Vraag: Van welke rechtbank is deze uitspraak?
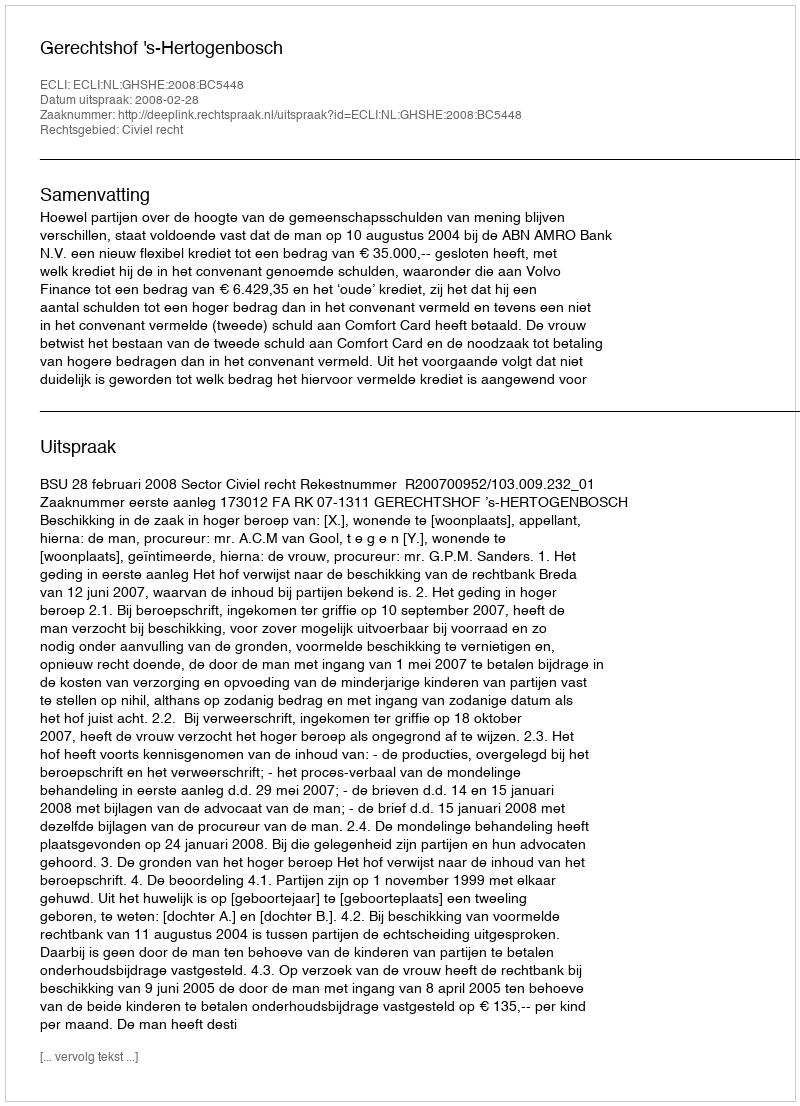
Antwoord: Gerechtshof 's-Hertogenbosch